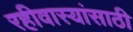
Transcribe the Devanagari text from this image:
रहीवास्यांसाठी